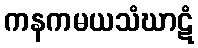
ကနကမယသံဃာဋံ